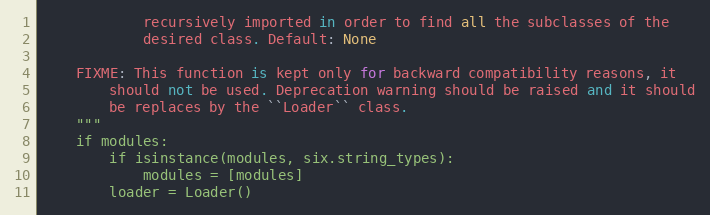
Language: Python
            recursively imported in order to find all the subclasses of the
            desired class. Default: None

    FIXME: This function is kept only for backward compatibility reasons, it
        should not be used. Deprecation warning should be raised and it should
        be replaces by the ``Loader`` class.
    """
    if modules:
        if isinstance(modules, six.string_types):
            modules = [modules]
        loader = Loader()